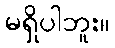
မရှိပါဘူး။